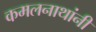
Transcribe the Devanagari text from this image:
कमलनाथांनी